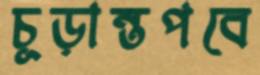
চূড়ান্তপবে